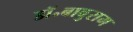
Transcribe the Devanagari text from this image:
डॉ॰बाबुराम